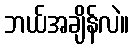
ဘယ်အချိန်လဲ။